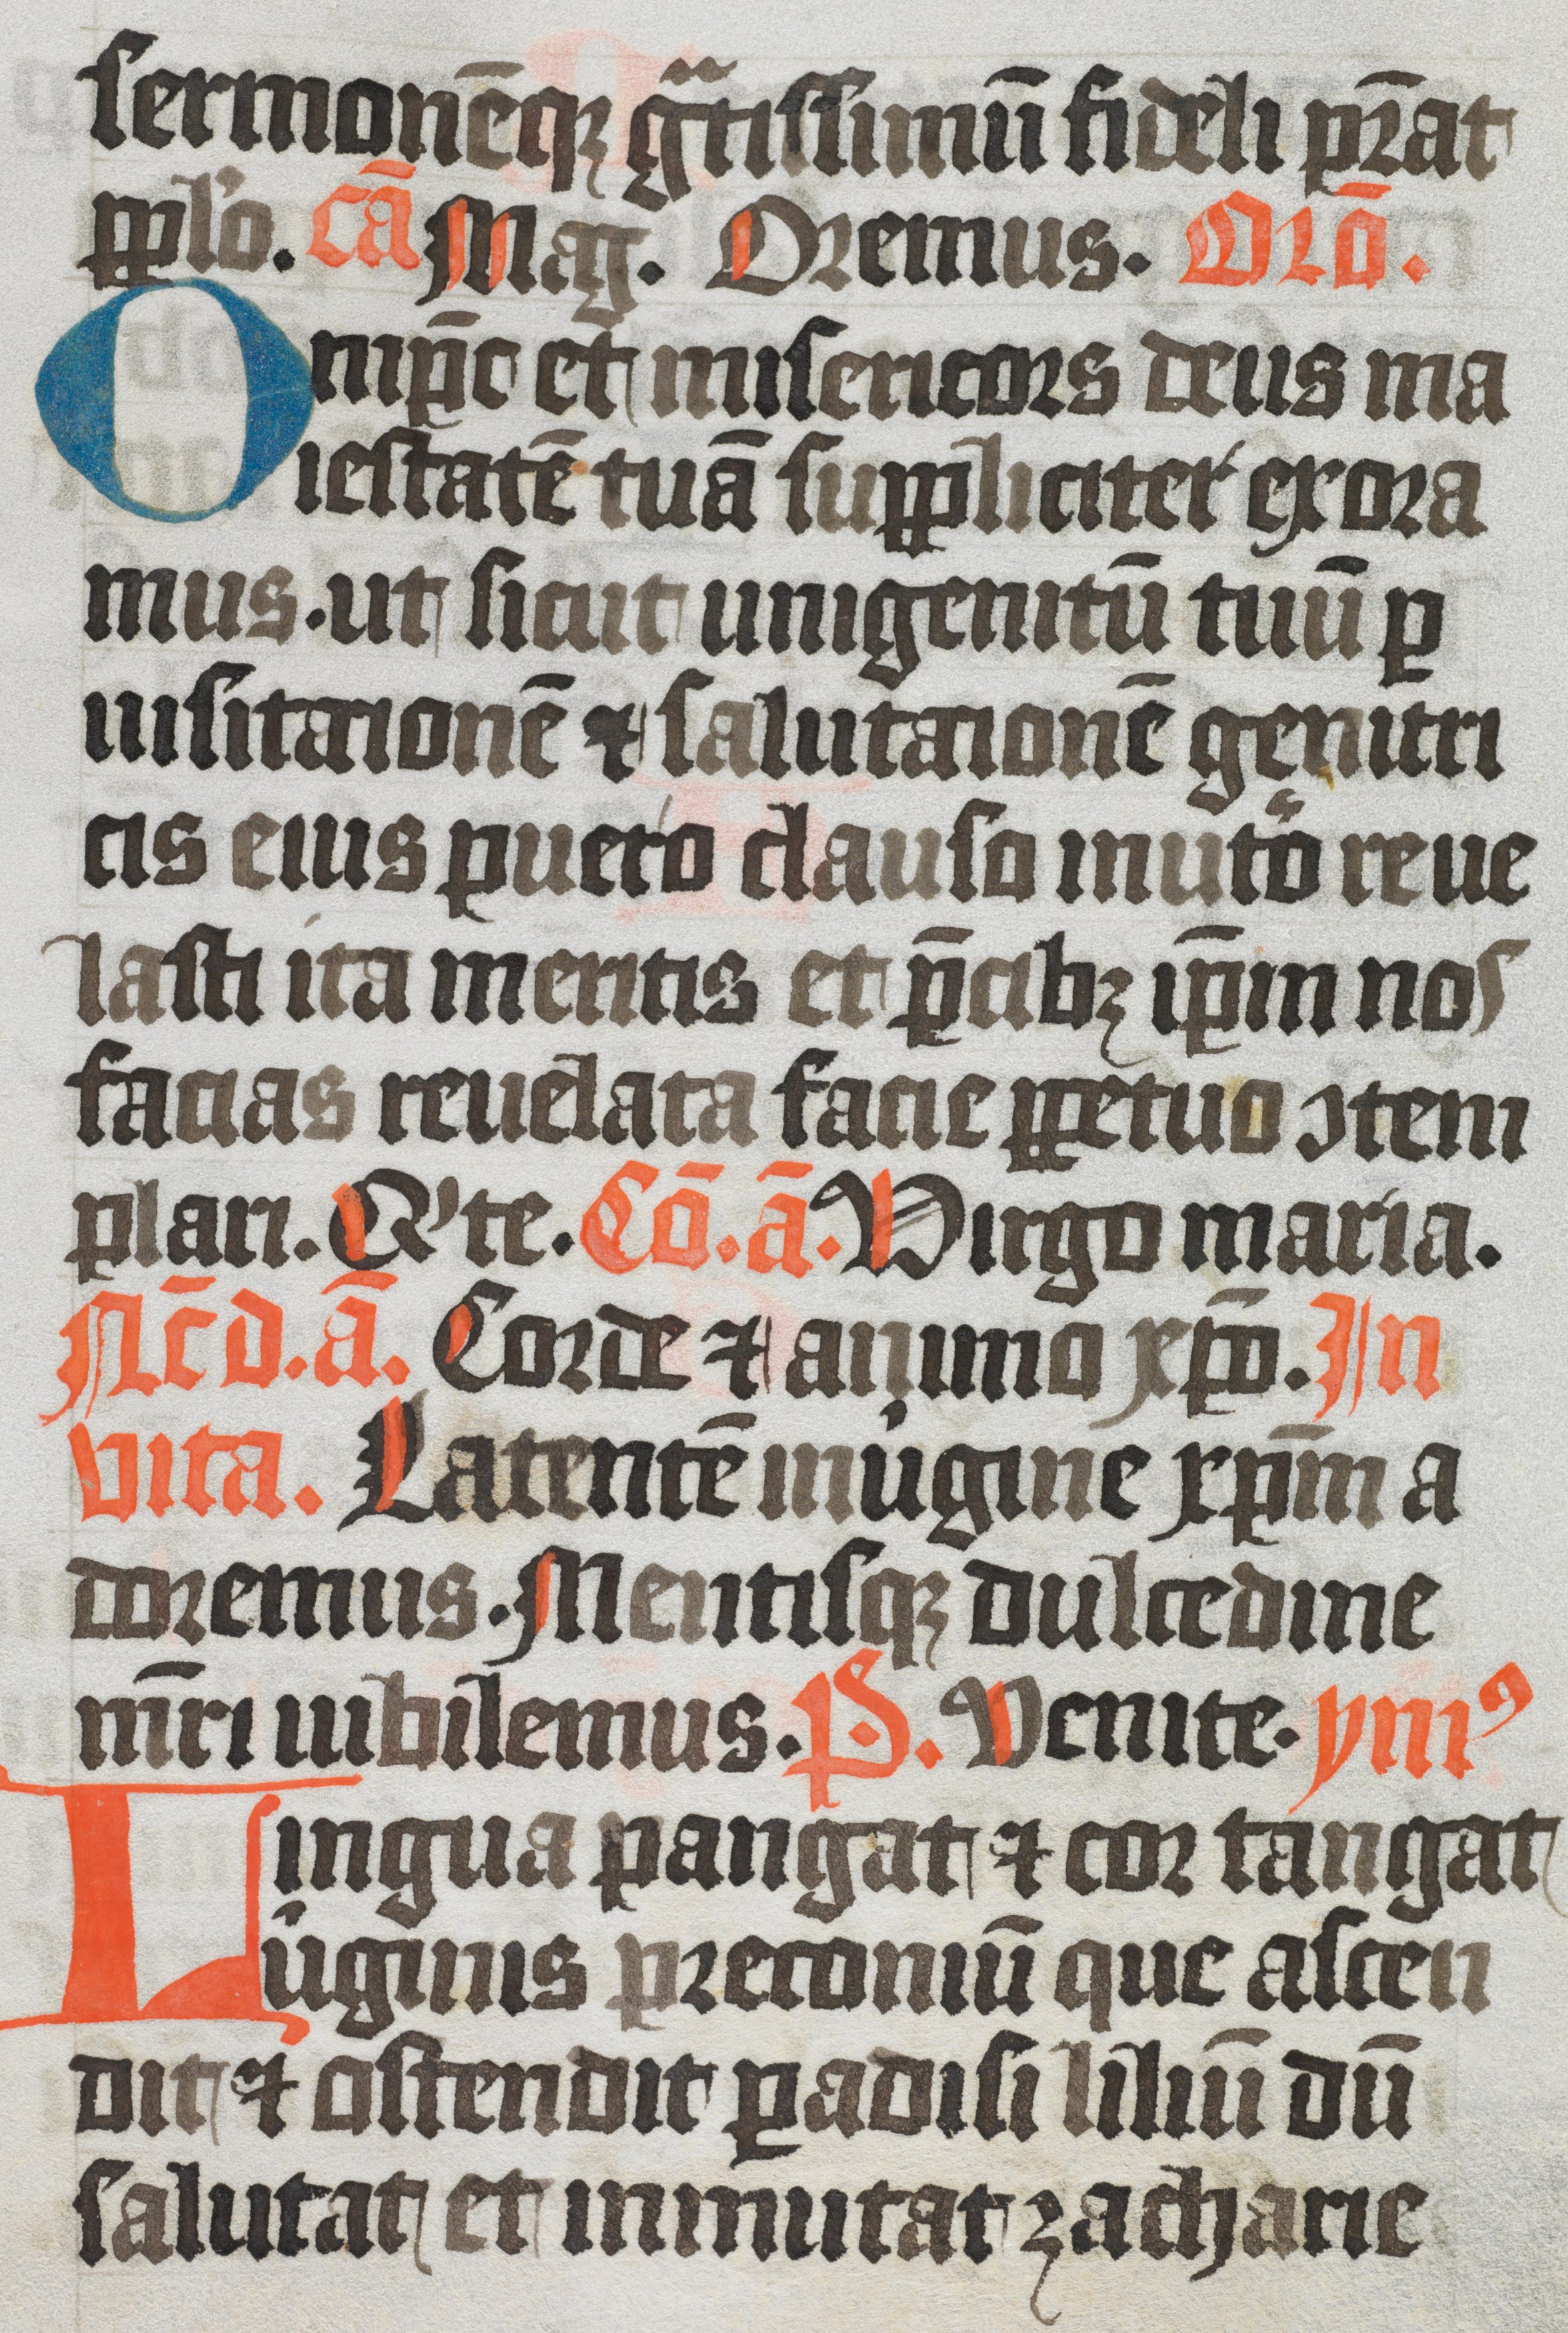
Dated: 1350–1399